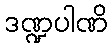
ဒဏ္ဍပါဏိ